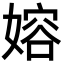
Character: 嫆